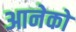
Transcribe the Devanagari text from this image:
आनेको